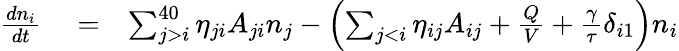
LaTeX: \begin{array}{rlr}{\frac{dn_{i}}{dt}}&{{}=}&{\sum_{j>i}^{40}\eta_{ji}A_{ji}n_{j}-\left(\sum_{j<i}\eta_{ij}A_{ij}+\frac{Q}{V}+\frac{\gamma}{\tau}\delta_{i1}\right)n_{i}}\end{array}